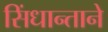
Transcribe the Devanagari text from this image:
सिंधान्ताने